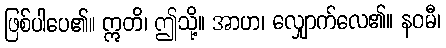
ဖြစ်ပါပေ၏။ ဣတိ၊ ဤသို့။ အာဟ၊ လျှောက်လေ၏။ နဝမီ၊